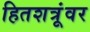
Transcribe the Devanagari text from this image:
हितशत्रूंवर